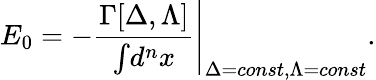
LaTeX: E_{0}=-\left.\frac{\Gamma[\Delta,\Lambda]}{\int\! d^{n}x}\right|_{\Delta=const,\Lambda=const}.